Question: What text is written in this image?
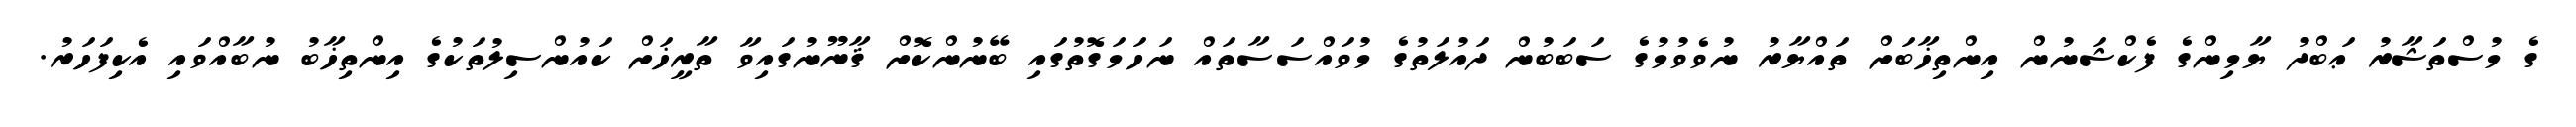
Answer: ގެ މުސްތަޝާރު ޢަބްދު ޔާމިންގެ ފެކްޝަނުން އިންތިޚާބަށް ތައްޔާރު ނުވެވުމުގެ ސަބަބުން ދައުލަތުގެ މުވައްސަސާތައް ނަހަމަގޮތުގައި ބޭނުންކޮށް ޤާނޫނުގައިވާ ތާރީޚަށް ކައުންސިލުތަކުގެ އިންތިޚާބު ނުބާއްވައި އެކިފަހަރު.